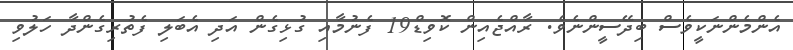
އެންމެންނަކީވެސް ބިދޭސީންނެވެ. ރާއްޖެއިން ކޮވިޑް19 ފެނުމާއި ގުޅިގެން އަދި އެބަލި ފެތުރިގެންދާ ހަލުވި